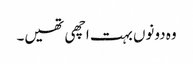
وہ دونوں بہت اچھی تھیں۔